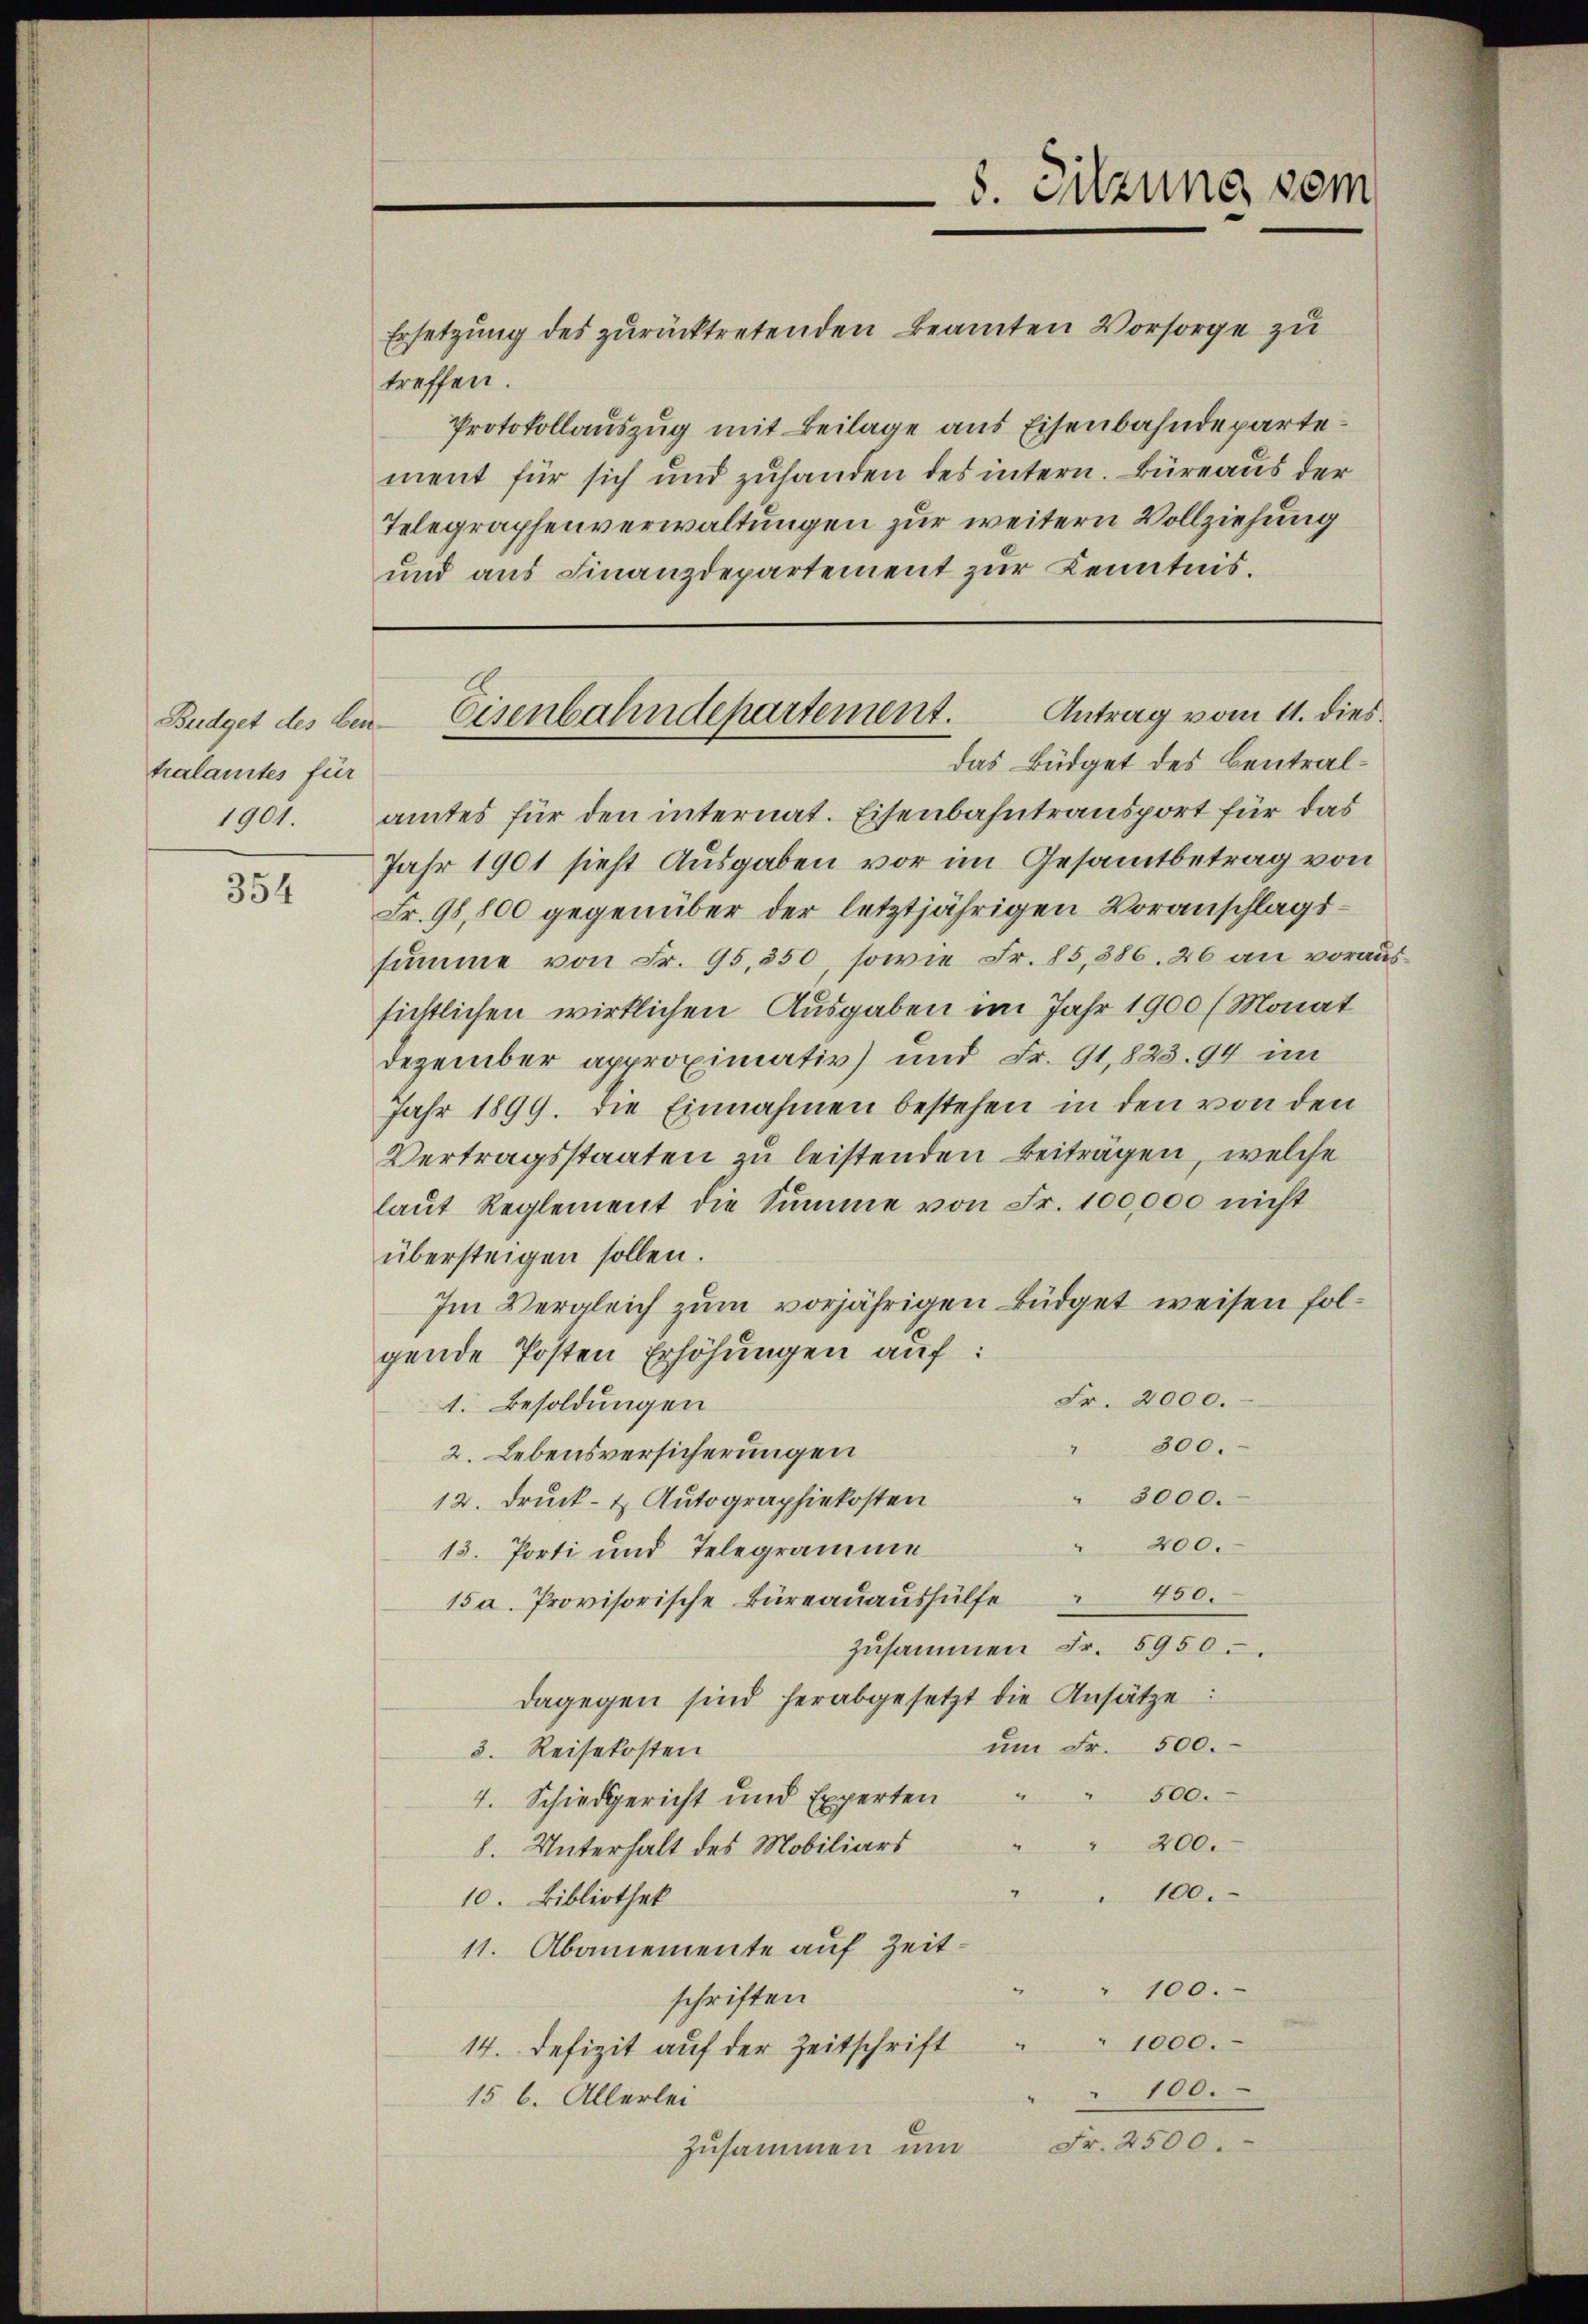
Budget des Bentralamtes für
1901.

354

8. Sitzung vom

Ersetzung des zurücktretenden Beamten Vorsorge zu
treffen.
Protokollauszug mit Beilage aus Eisenbahndepartement für sich und zuhanden des intern. Büreaus der
Telegraphenverwaltungen zur weitern Vollziehung
und aus Finanzdepartement zur Kenntnis.

das Büdget des Centralamtes für den internat. Eisenbahntransport für das
Jahr 1901 sieht Ausgaben vor im Gesamtbetrag von
Fr. 98,800 gegenüber der letztjährigen Voranschlagssumme von Fr. 95,550, sowie Fr. 85, 386. 26 an voraussichtlichen wirklichen Ausgaben im Jahr 1900 (Monat
Dezember approximativ und Fr. 91,823. 94 im
Jahr 1899. die Einnahmen bestehen in den von den
Vertragsstaaten zu leistenden Beiträgen, welche
laut Reglement die Summe von Fr. 100,000 nicht
übersteigen sollen.
Im Vergleich zum vorjährigen Büdget weisen folgende Posten Erhöhungen auf:
Fr. 2000.
1. Besoldungen
" 300.
2. Lebensversicherungen
" 3000.
12. Druck- & Autographiekosten
200.
2
13. Porti und Telegramme
450.
.
15a. Provisorische Büreauaushülfe
zusammen Fr. 5950.
dagegen sind herabgesetzt die Ansätze:
um Fr. 500.
3. Reisekosten
2
500.
4. Schiedgericht und Experten
8. Unterhalt des Mobiliars " " 200.
100.
10. Bibliothek
11. Abanemente auf Zeit¬
" 100.
schriften
" 1000.
14. Defizit auf der Zeitschrift
100.
15 l. Allerlei
Fr. 2500.
zusammen und

Antrag vom 11. dies
Eisenbahndepartement.